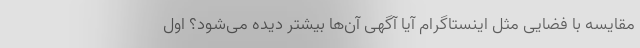
مقایسه با فضایی مثل اینستاگرام آیا آگهی آن‌ها بیشتر دیده می‌شود؟ اول